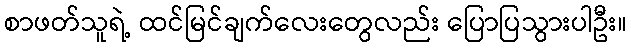
စာဖတ်သူရဲ့ ထင်မြင်ချက်လေးတွေလည်း ပြောပြသွားပါဦး။